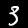
Digit: 3